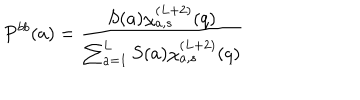
LaTeX: P ^ { b b } ( a ) = \frac { S ( a ) \chi _ { a , s } ^ { ( L + 2 ) } ( q ) } { \sum _ { a = 1 } ^ { L } S ( a ) \chi _ { a , s } ^ { ( L + 2 ) } ( q ) }